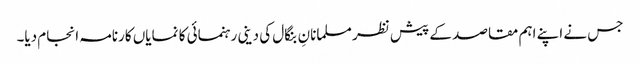
جس نے اپنے اہم مقاصد کے پیش نظر مسلمانانِ بنگال کی دینی رہنمائی کا نمایاں کارنامہ انجام دیا۔